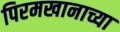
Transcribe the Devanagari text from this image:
पिरमखानाच्या